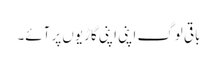
باقی لوگ اپنی اپنی گاڑیوں پر آئے۔